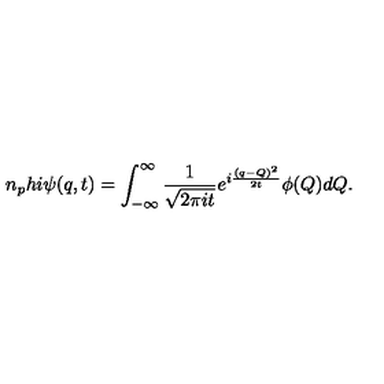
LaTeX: n _ { p } h i } \psi ( q , t ) = \int _ { - \infty } ^ { \infty } { \frac { 1 } { \sqrt { 2 \pi i t } } } e ^ { i { \frac { ( q - Q ) ^ { 2 } } { 2 t } } } \phi ( Q ) d Q .